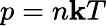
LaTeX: p=n\mathbf{k}T